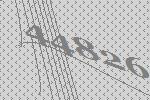
44826